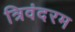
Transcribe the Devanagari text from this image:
त्रिवंदरम